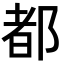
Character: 都